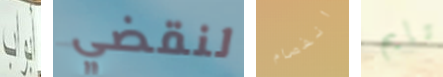
أبواب لنقضي انفصام تايم